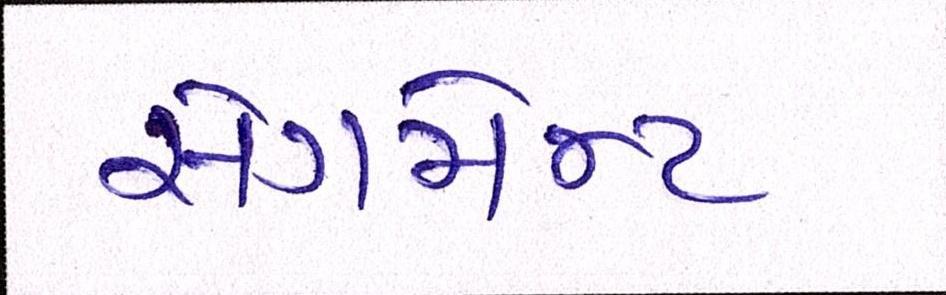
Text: સેગમેન્ટ